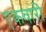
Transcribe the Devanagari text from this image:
एकवारी